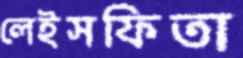
লেইসফিতা